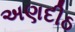
અણદીઠ